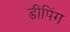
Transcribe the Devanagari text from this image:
डीपिंग